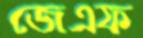
জেএফ